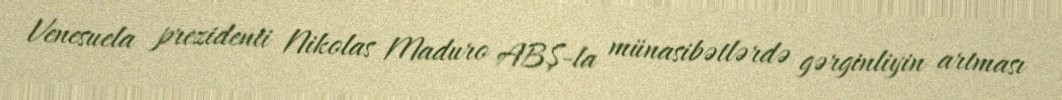
Venesuela prezidenti Nikolas Maduro ABŞ-la münasibətlərdə gərginliyin artması